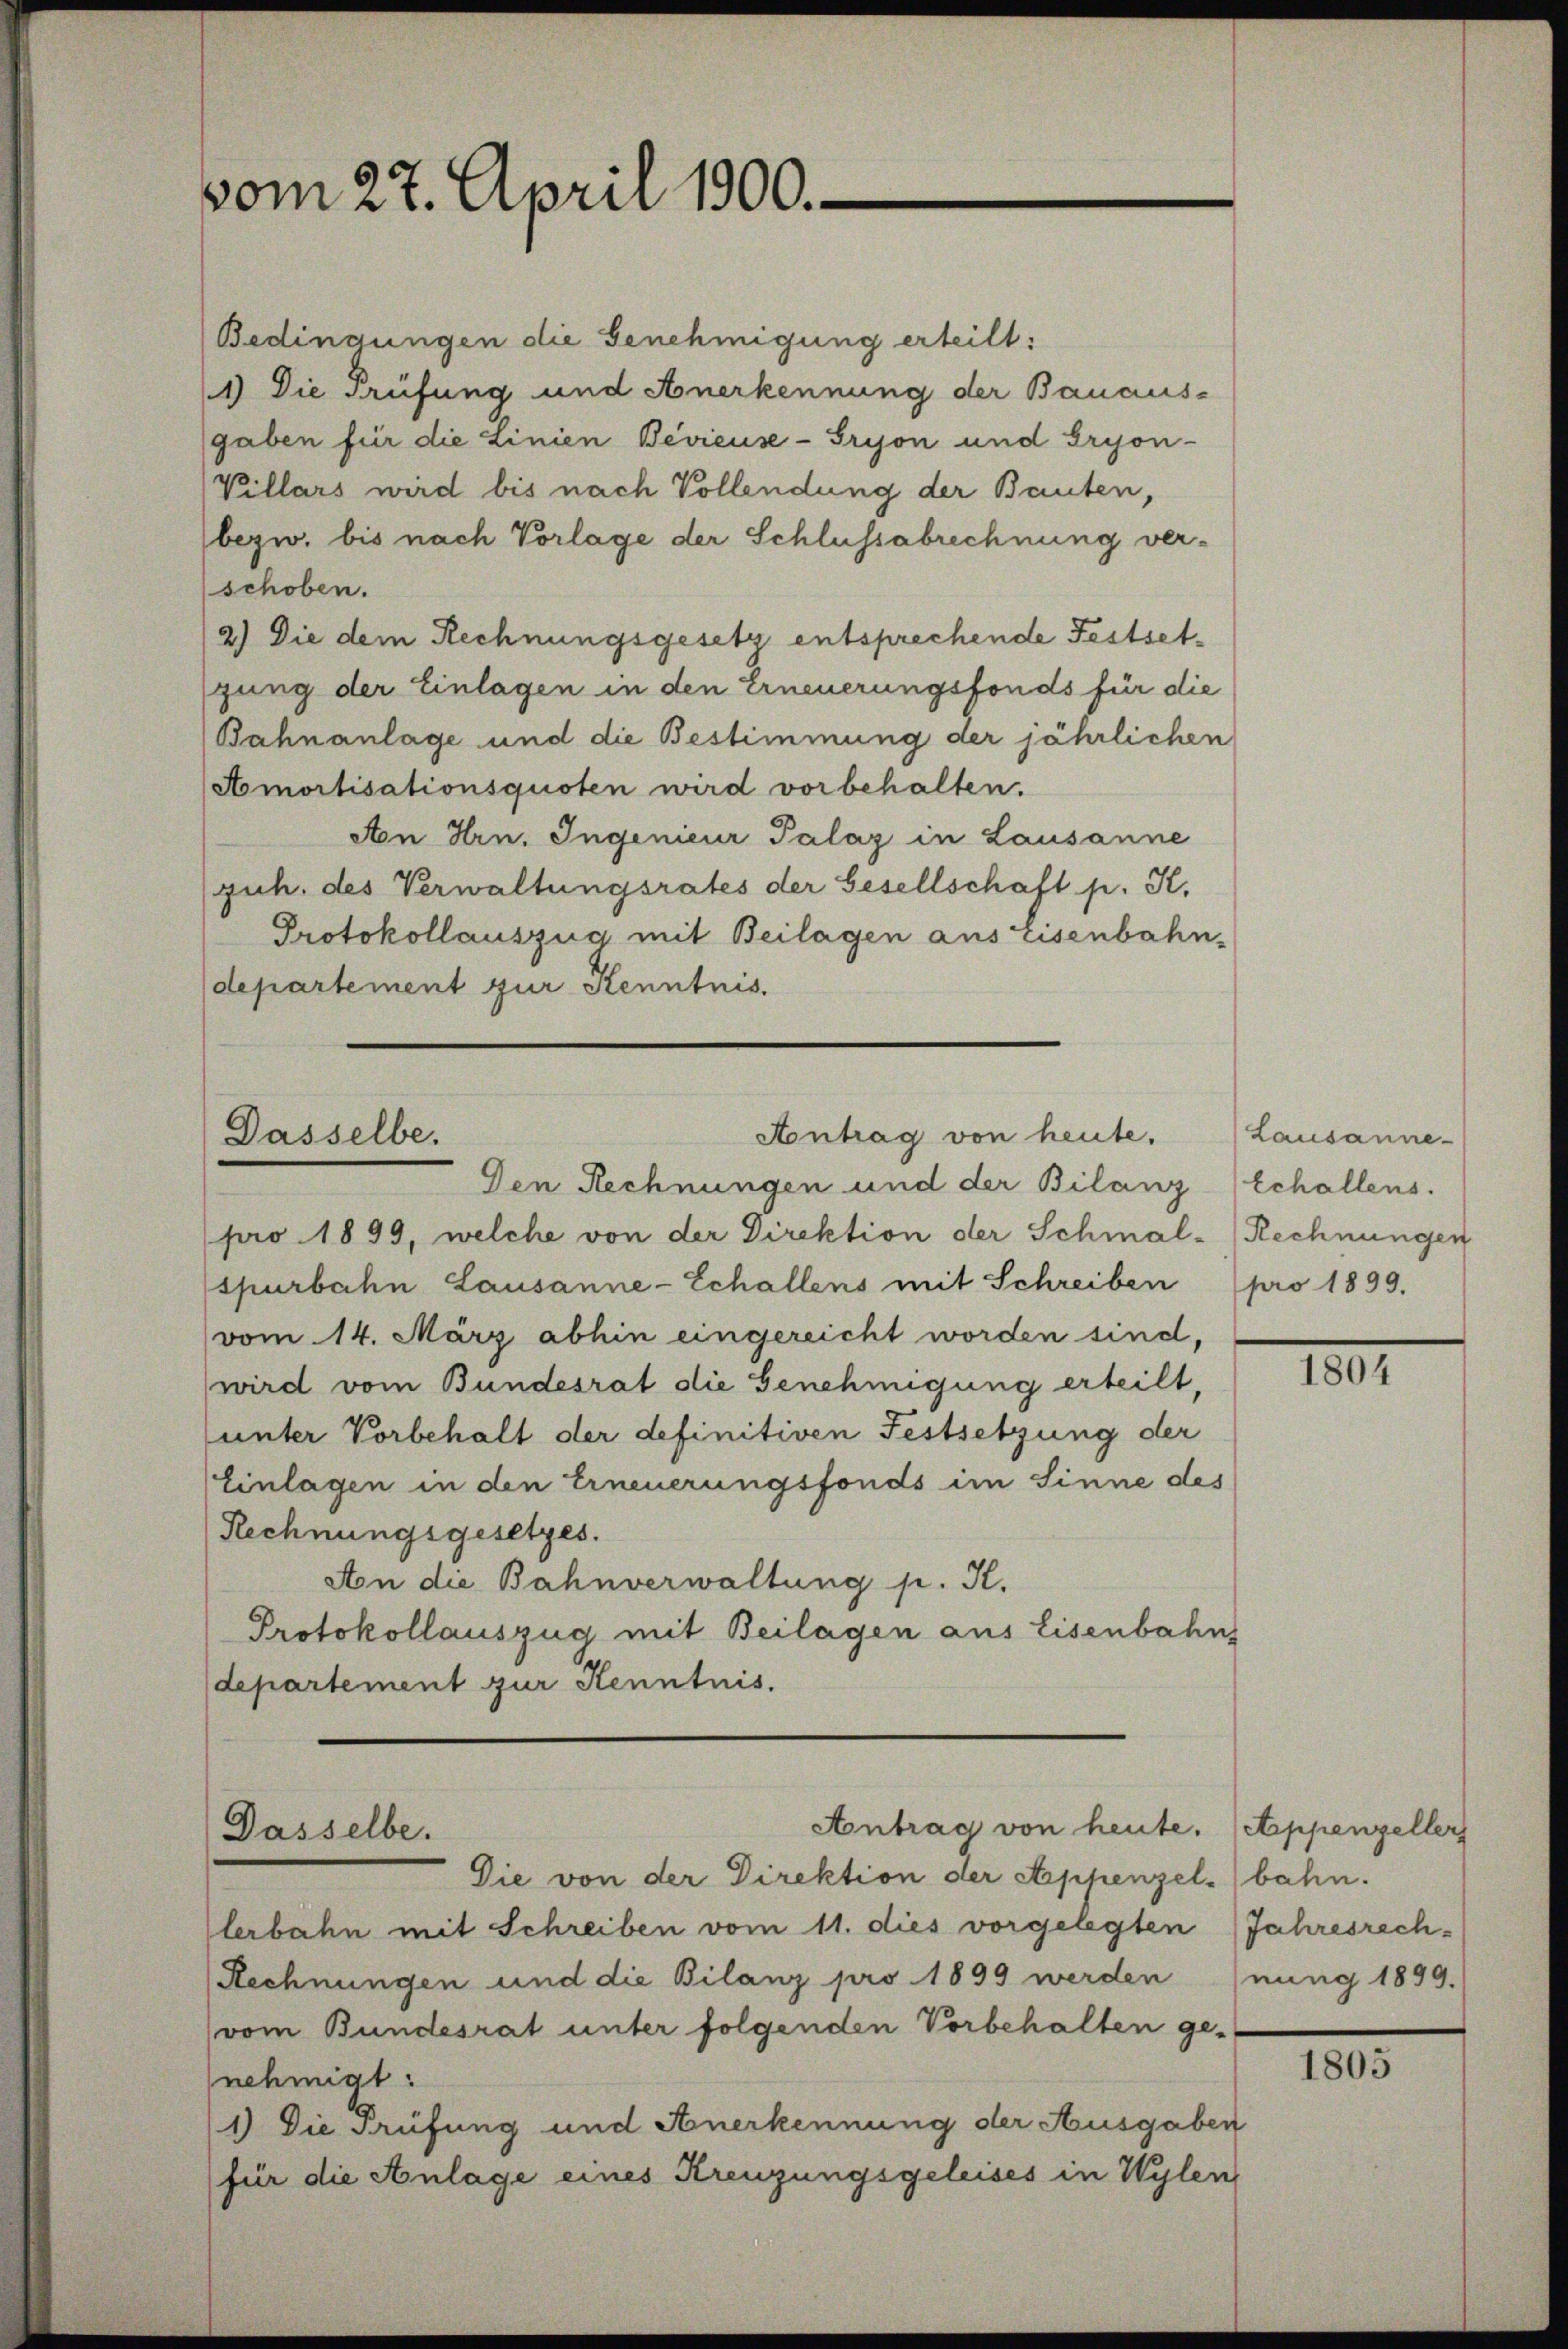
vom 27. April 1900.

Bedingungen die Genehmigung erteilt:
1) Die Prüfung und Anerkennung der Bauaus-
gaben für die Linien Bevieuse-Gryon und Gryon-
Villars wird bis nach Vollendung der Bauten,
bezw. bis nach Vorlage der Schlussabrechnung verschoben.
2.) Die dem Rechnungsgesetz entsprechende Festsetgung der Einlagen in den Erneuerungsfonds für die
Bahnanlage und die Bestimmung der jährlichen
Aomortisationsquoten wird vorbehalten.
Aon Hrn. Ingenieur Palaz in Lausanne
guh. des Verwaltungsrates der Gesellschaft p. K.
Protokollauszug mit Beilagen aus Eisenbahn-
departement zur Kenntnis.

(pro 1899, welche von der Direktion der Schmal-Rechnungen
spurbahn Lausanne-Echallens mit Schreiben pro 1899.
vom 14. März abhin eingereicht worden sind,
wird vom Bundesrat die Genehmigung erteilt,
unter Vorbehalt der definitiven Festsetzung der
Einlagen in den Erneuerungsfonds im Sinne des
Rechnungsgesetzes.
Aon die Bahnverwaltung p. K.
Protokollauszug mit Beilagen aus Eisenbahn
departement zur Kenntnis.

Aontrag von heute.
Dasselbe.
Den Rechnungen und der Bilanz

Antrag von heute.
Dasselbe.
Die von der Direktion der Appenzelbahn.

lerbahn mit Schreiben vom 11. dies vorgelegten Jahresrech¬
Rechnungen und die Bilanz pro 1899 werden
(vom Bundesrat unter folgenden Vorbehalten ge-
nehmigt:
1) Die Prüfung und Anerkennung der Ausgaben
für die Anlage eines Kreuzungsgeleises in Wylen

Lausanne
Echallens.

10.

Appenzeller
nung 1899.

1805